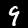
Label: 9